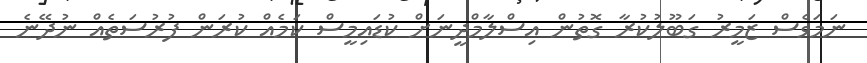
ނަމަވެސް ޒަމީރު ގަބޫލުކުރާ ގޮތުން އިސްލާމްދީނަށް ކުޑައިމީސް ކަމެއް ކުރަން ފުރުސަތެއް ނުދޭނެ